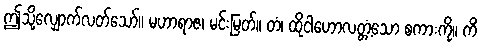
ဤသို့လျှောက်လတ်သော်။ မဟာရာဇ၊ မင်းမြတ်။ တံ၊ ထိုငါဟောလတ္တံ့သော စကားကို။ ကိံ